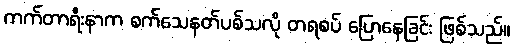
ကက်တာရီးနာက စက်သေနတ်ပစ်သလို တရစပ် ပြောနေခြင်း ဖြစ်သည်။